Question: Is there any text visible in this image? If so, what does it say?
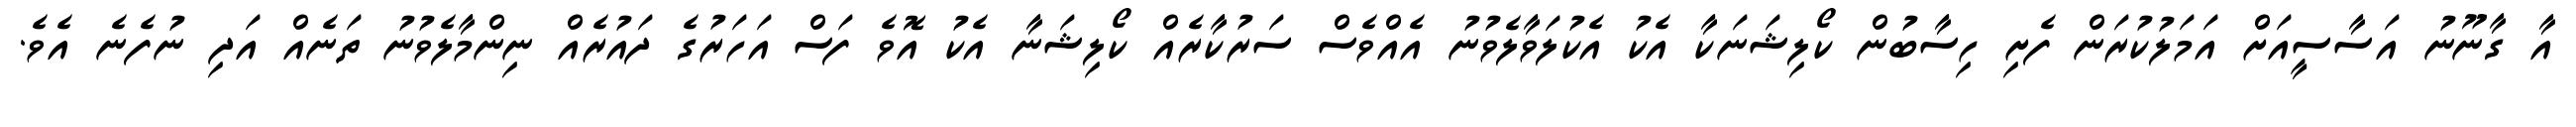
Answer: އާ ގާނޫނު އަސާސީއަށް އަމަލުކުރަން ފެށި ހިސާބުން ކޯލިޝަނަކާ އެކު އެކުލަވާލެވުނު އެއްވެސް ސަރުކާރެއް ކޯލިޝަނާ އެކު އޮވެ ފަސް އަހަރުގެ ދައުރެއް ނިންމާލެވުނު ތަނެއް އަދި ނުފެނެ އެވެ.